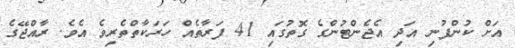
އަށް ކުންފުނި އަދި އެޖެންޓުންގެ ގޮތުގައި 41 ފަރާތެއް ހަރަކާތްތެރިވެ އެވެ. ރާއްޖޭގެ